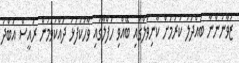
ޒުވާނުންނާ ބައްދަލު ކުރުމަށް ކާނިވަލްގައި ބޭއްވި ހަފްލާގައި ވާހަކަފުޅު ދައްކަވަމުން ރައީސް އަބްދު